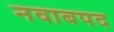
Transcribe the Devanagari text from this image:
नवाबपद